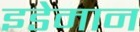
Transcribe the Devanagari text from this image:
इडेमान